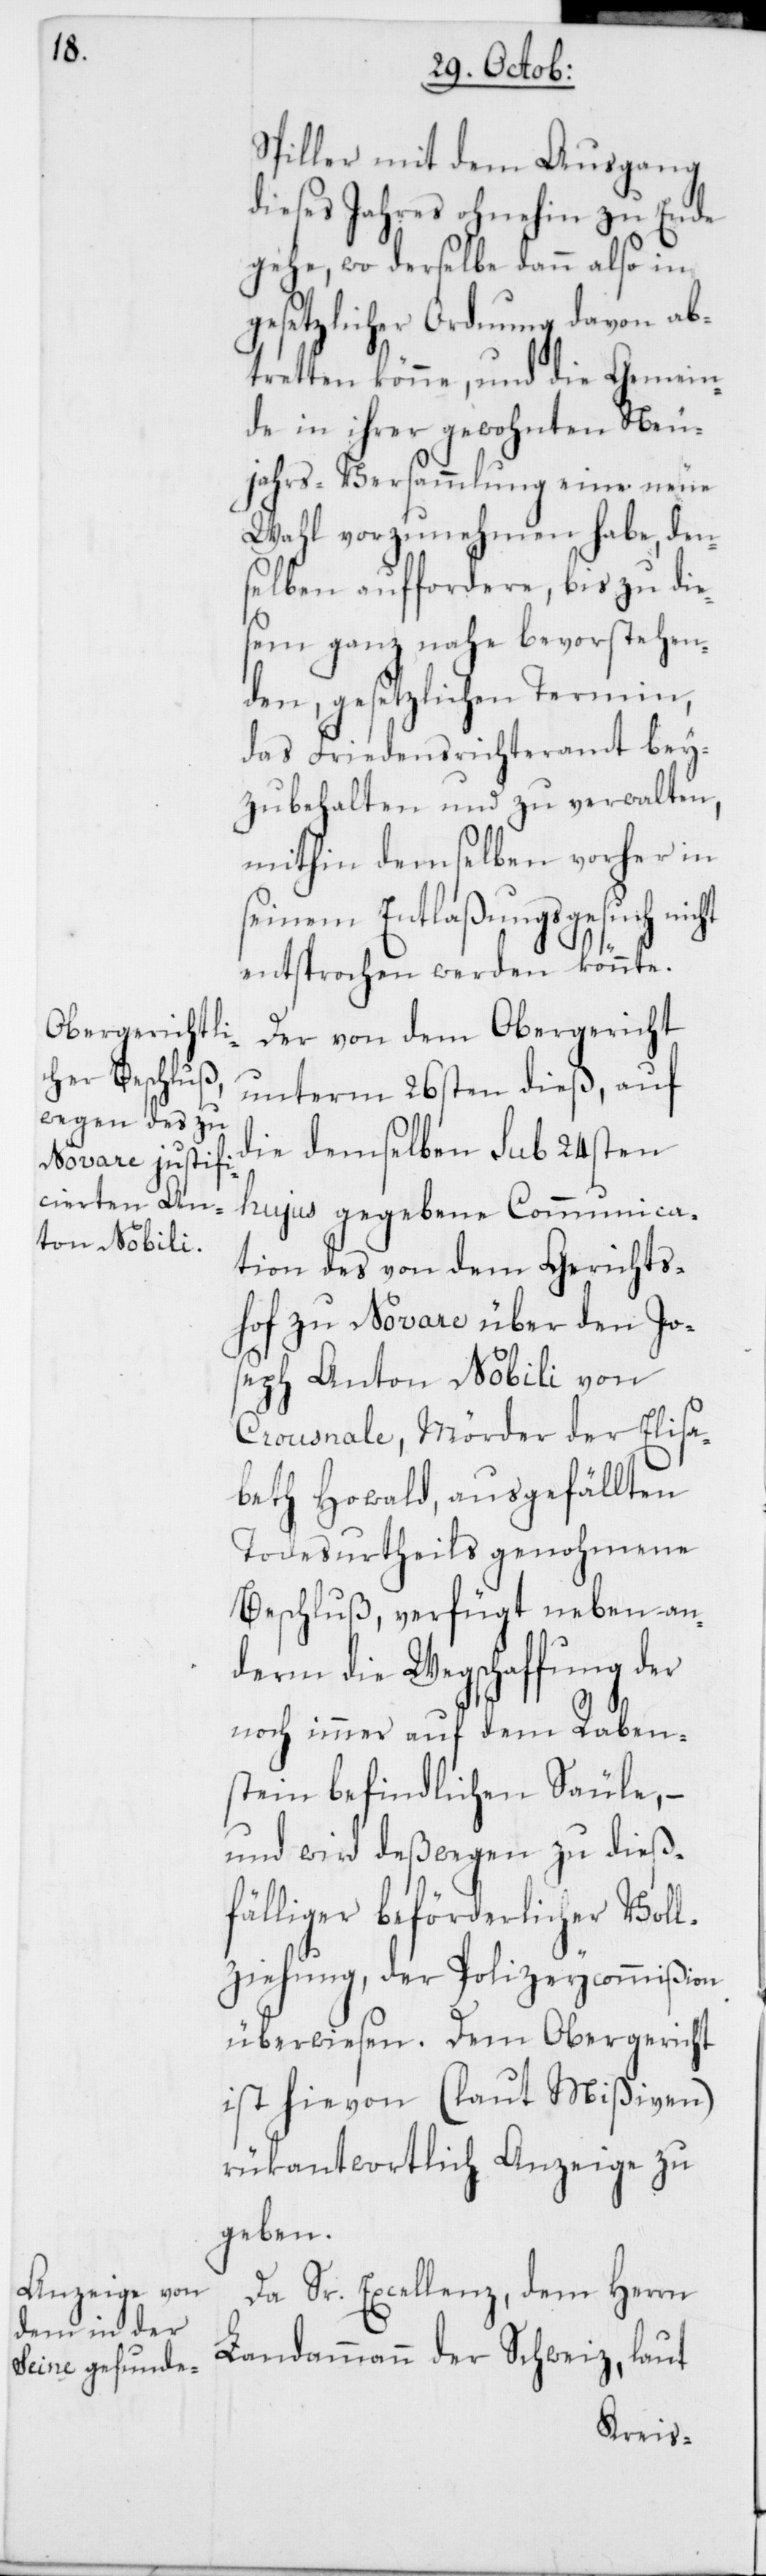
Spiller mit dem Ausgang
dieses Jahres ohnehin zu Ende
gehe, wo derselbe dann also in
gesetzlicher Ordnung davon ab¬
tretten könne, und die Gemein¬
de in ihrer gewohnten Neu¬
jahrs-Versammlung eine neue
Wahl vorzunehmen habe, den¬
selben auffordere, bis zu die¬
sem ganz nahe bevorstehen¬
den gesetzlichen Termin,
das Friedensrichteramt bey¬
zubehalten und zu verwalten,
mithin demselben vorher in
seinem Entlaßungsgesuch nicht
entsprochen werden könnte.
Der von dem Obergericht
unterm 26sten dieß, auf
die demselben sub 24sten
hujus gegebene Communica¬
tion des von dem Gerichts¬
hof zu Novare über den Jo¬
seph Anton Nobili von
Crousnale, Mörder der Elisa¬
beth Howald, ausgefällten
Todesurtheils genohmene
Beschluß, verfügt neben an¬
derm die Wegschaffung der
noch immer auf dem Raben¬
stein befindlichen Säule, –
und wird deßwegen zu dieß¬
fälliger beförderlicher Voll¬
ziehung, der Polizeycommißion
überwiesen. Dem Obergericht
ist hievon (laut Mißiven)
rükantwortlich Anzeige zu
geben.
Da Sr. Excellenz, dem Herrn
Landammann der Schweiz, laut